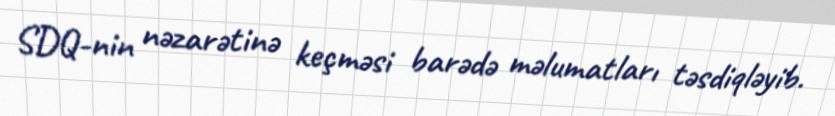
SDQ-nin nəzarətinə keçməsi barədə məlumatları təsdiqləyib.